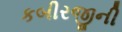
કબીરજીની